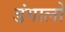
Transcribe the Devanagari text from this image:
डंगालों